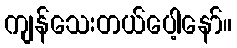
ကျန်သေးတယ်ပေါ့နော်။